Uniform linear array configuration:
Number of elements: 4
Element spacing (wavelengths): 1
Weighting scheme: exponential
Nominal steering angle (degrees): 30
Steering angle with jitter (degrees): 31.086
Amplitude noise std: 0.05
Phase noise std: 0.05

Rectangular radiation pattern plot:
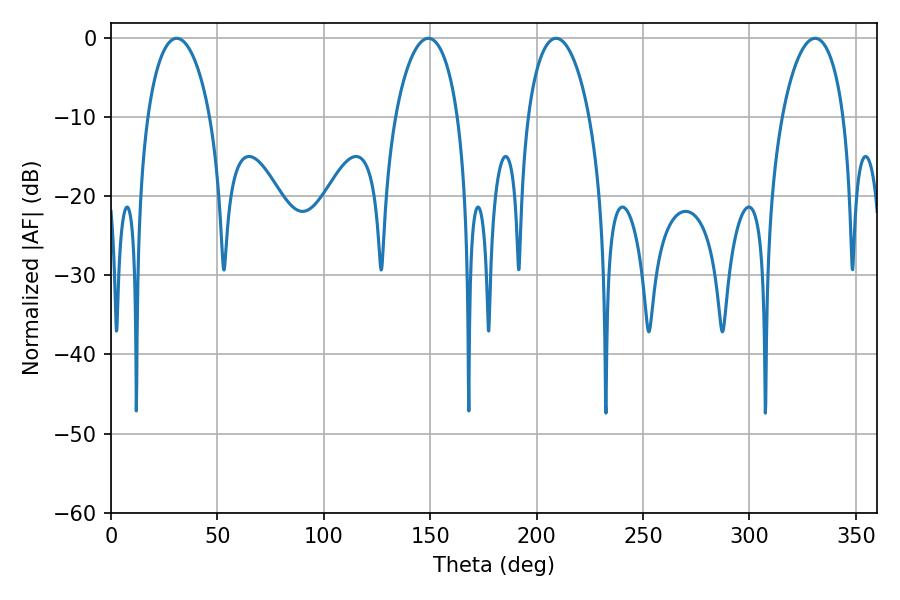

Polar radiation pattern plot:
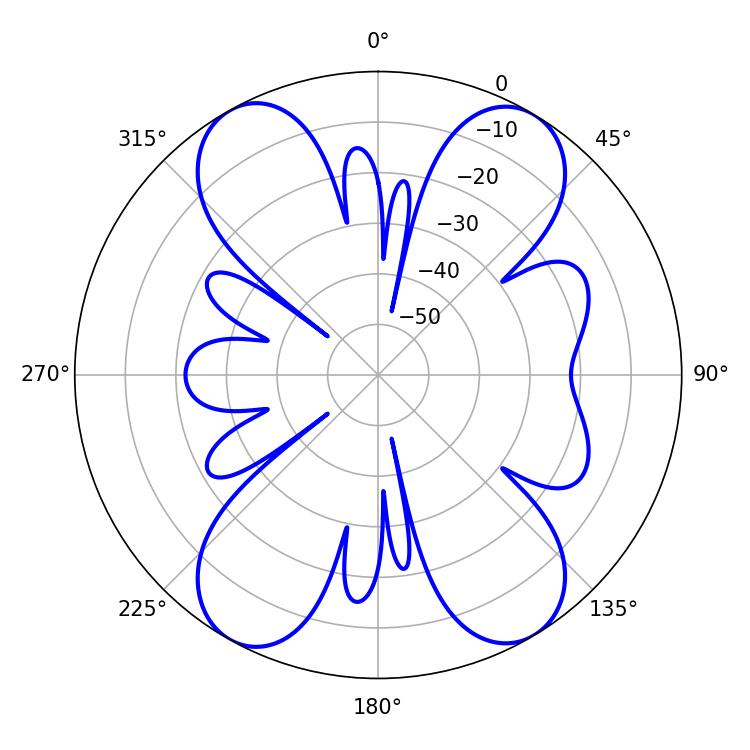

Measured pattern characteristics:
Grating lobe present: TRUE
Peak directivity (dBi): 17.592
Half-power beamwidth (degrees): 16.56
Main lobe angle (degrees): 209.16